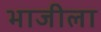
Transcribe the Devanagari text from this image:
भाजीला